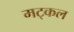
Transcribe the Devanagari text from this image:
मट्कल